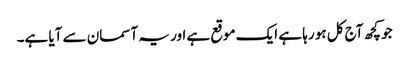
جو کچھ آج کل ہو رہا ہے ایک موقع ہے اور یہ آسمان سے آیا ہے۔